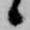
候